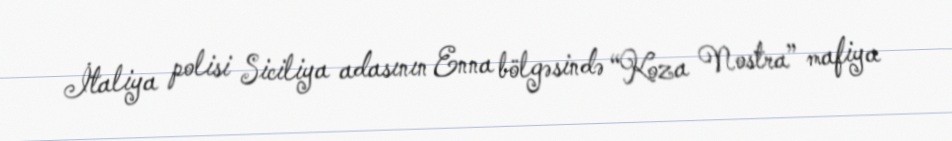
İtaliya polisi Siciliya adasının Enna bölgəsində “Koza Nostra” mafiya